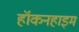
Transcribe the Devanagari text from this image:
हॉकनहाइम